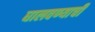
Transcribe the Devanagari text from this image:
घालवण्याची